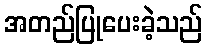
အတည်ပြုပေးခဲ့သည်